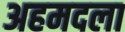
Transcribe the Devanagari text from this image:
अहमदला